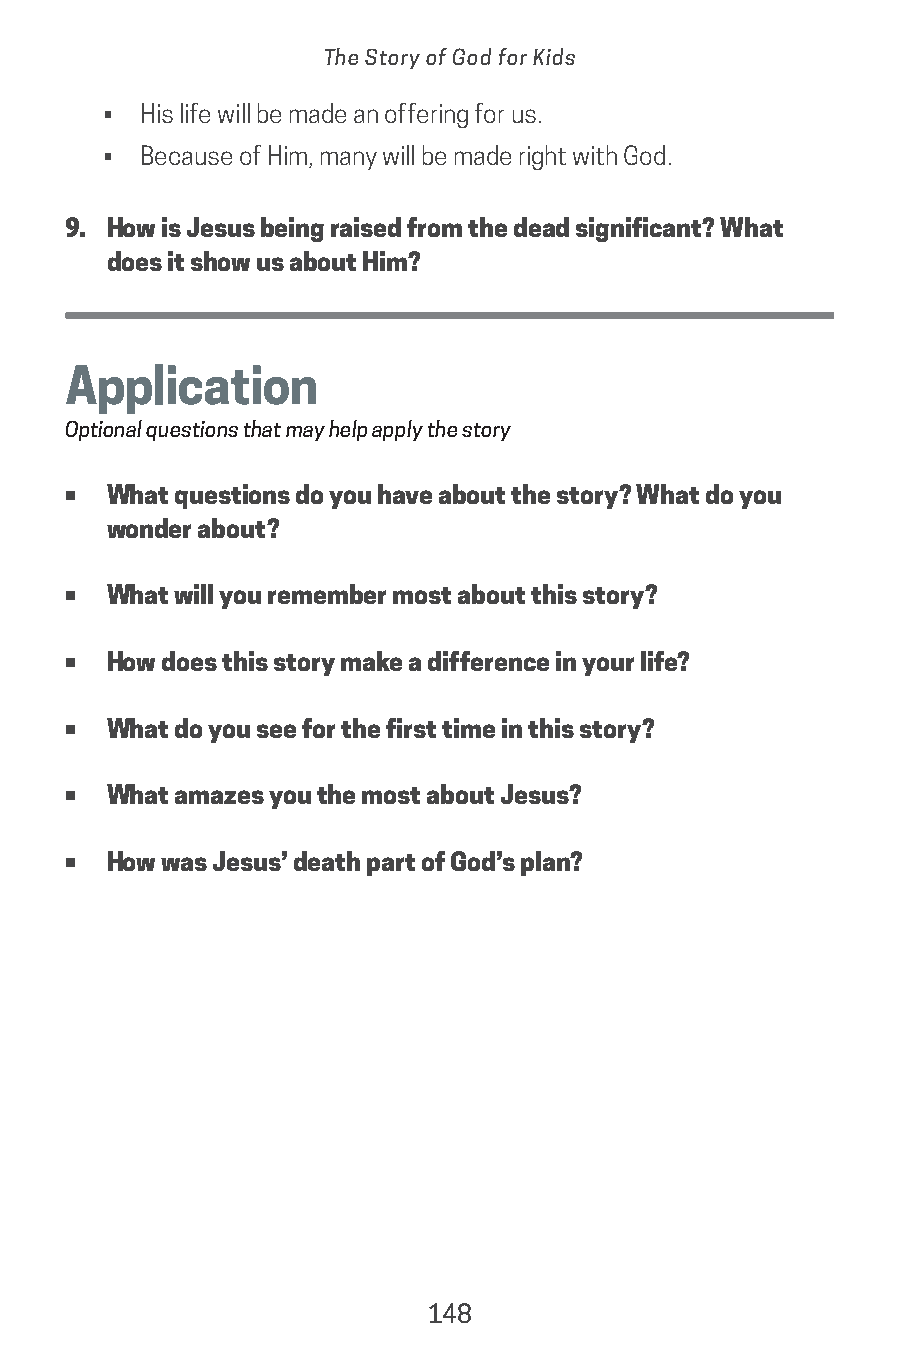
The Story of God for Kids
 •  His life will be made an offering for us.
 •  Because of Him, many will be made right with God.
 9. How is Jesus being raised from the dead significant? What
 does it show us about Him?
 Application
 Optional questions that may help apply the story
 •  What questions do you have about the story? What do you
 wonder about?
 •  What will you remember most about this story?
 •  How does this story make a difference in your life?
 •  What do you see for the first time in this story?
 •  What amazes you the most about Jesus?
 •  How was Jesus’ death part of God’s plan?
 148
 saturate-story_of_god_kids-2.indd 148             8/10/17 10:11 PM